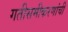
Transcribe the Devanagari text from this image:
गतीसमीकरणांची